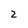
Character: 2